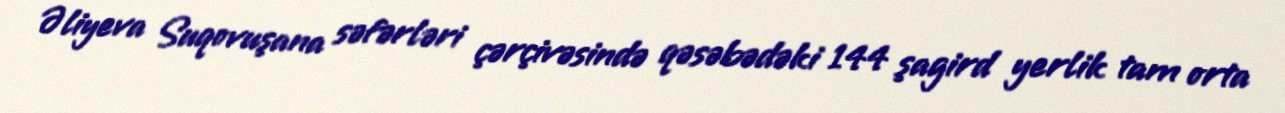
Əliyeva Suqovuşana səfərləri çərçivəsində qəsəbədəki 144 şagird yerlik tam orta